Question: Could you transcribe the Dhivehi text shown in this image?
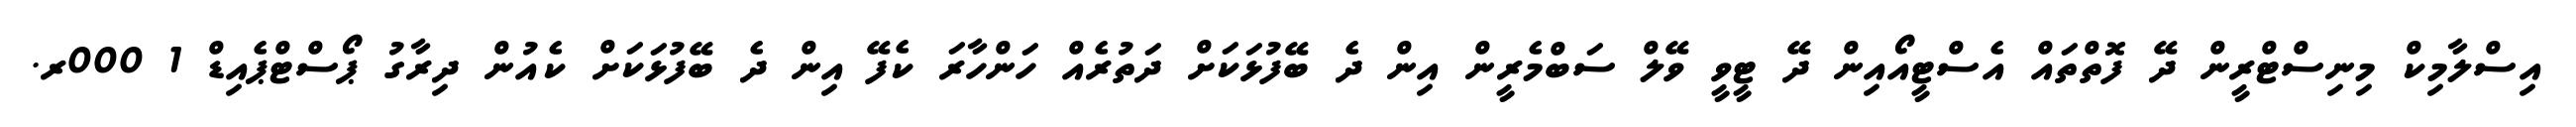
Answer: އިސްލާމިކް މިނިސްޓްރީން ދޭ ފޮތްތައް އެސްޓީއޯއިން ދޭ ޓީވީ ވޭލް ސަބްމެރީން އިން ދެ ބޭފުޅަކަށް ދަތުރެއް ހަންހާރަ ކެފޭ އިން ދެ ބޭފުޅަކަށް ކެއުން ދިރާގު ޕޯސްޓްޕެއިޑް 1 000ރ.